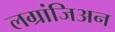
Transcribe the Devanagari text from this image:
लग्रांजिअन